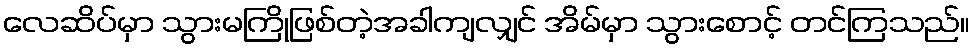
လေဆိပ်မှာ သွားမကြိုဖြစ်တဲ့အခါကျလျှင် အိမ်မှာ သွားစောင့် တင်ကြသည်။